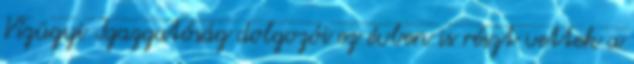
Vízügyi Igazgatóság dolgozói ez évben is részt vettek a